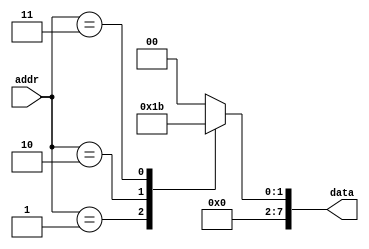
module rom_behavioral(
    input wire [N-1:0] addr,
    output reg [M-1:0] data
);

// Define ROM data entries
parameter N = 4; // Number of address bits
parameter M = 8; // Number of data bits
parameter ROM_DEPTH = 16; // Number of data entries in ROM

// ROM data initialization
initial begin
    case(addr)
        4'b0000: data = 8'b00000000; // Data entry at address 0
        4'b0001: data = 8'b00000001; // Data entry at address 1
        4'b0010: data = 8'b00000010; // Data entry at address 2
        4'b0011: data = 8'b00000011; // Data entry at address 3
        // Add more data entries as needed
        // Example: 4'b0100: data = 8'b00000100;
        default: data = 8'b00000000; // Default data entry
    endcase
end

endmodule